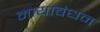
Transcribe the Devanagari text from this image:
मायाबंधन